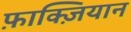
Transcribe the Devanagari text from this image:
फ़ाक्ज़ियान